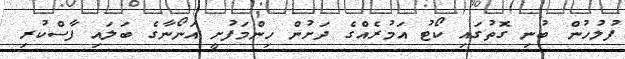
ފުލުހުން ބުނި ގޮތުގައި ކޯޓު އަމުރެއްގެ ދަށުން ހިންމަފުށީ އަނޯނާގެ ބަލައި ފާސްކުރި